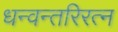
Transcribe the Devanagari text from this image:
धन्वन्तरिरत्न